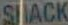
SACK